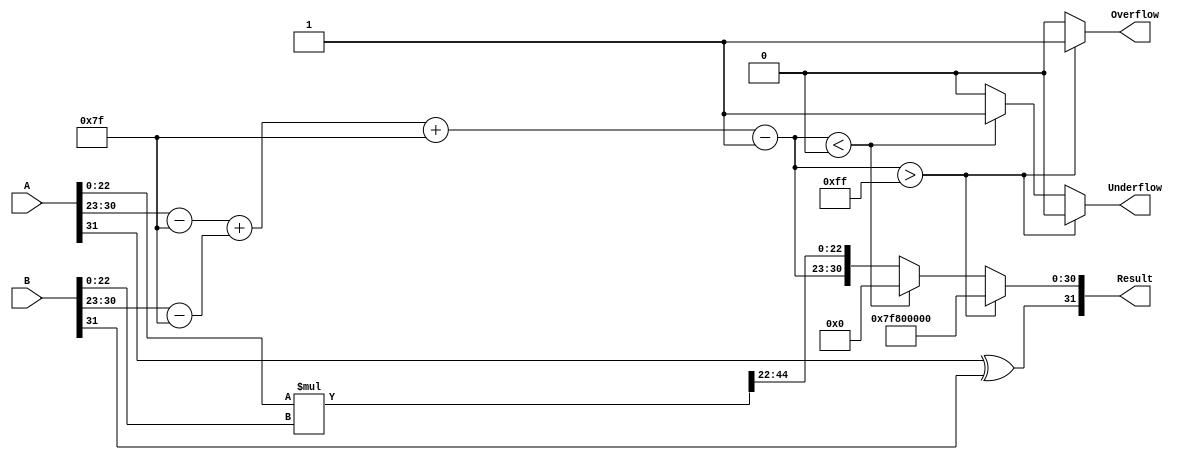
module floating_point_multiplier (
    input  wire [31:0] A,            // First floating-point input
    input  wire [31:0] B,            // Second floating-point input
    output reg  [31:0] Result,        // Result of multiplication
    output reg        Overflow,        // Overflow flag
    output reg        Underflow        // Underflow flag
);

    // Constants
    localparam BIAS = 8'd127;
    localparam EXPONENT_MAX = 8'd255;
    localparam EXPONENT_MIN = 8'd0;

    // Signals for computations
    wire signA, signB, signResult;
    wire [7:0] exponentA, exponentB, exponentResult;
    wire [22:0] mantissaA, mantissaB, mantissaResult;
    wire [47:0] mantissaProduct; // 24 bits + 24 bits for intermediate product
    wire [8:0] exponentSum;       // To hold potential overflow in exponent addition
    reg [23:0] normalizedMantissa;
    reg [7:0] adjustedExponent;
    
    // Extract sign, exponent, mantissa
    assign signA = A[31];
    assign signB = B[31];
    assign exponentA = A[30:23];
    assign exponentB = B[30:23];
    assign mantissaA = {1'b1, A[22:0]}; // Implicit leading 1
    assign mantissaB = {1'b1, B[22:0]}; // Implicit leading 1

    // Compute product of mantissas
    assign mantissaProduct = mantissaA * mantissaB;

    // Compute the resulting sign
    assign signResult = signA ^ signB;

    // Compute the exponent sum
    assign exponentSum = (exponentA - BIAS) + (exponentB - BIAS) + BIAS;

    // Determine if normalization is needed
    always @* begin
        if (mantissaProduct[47]) begin // If the product is >= 2
            normalizedMantissa = mantissaProduct[46:23];
            adjustedExponent = exponentSum + 1;
        end else begin // If the product is < 1
            normalizedMantissa = mantissaProduct[45:22]; // Shift right
            adjustedExponent = exponentSum - 1;
        end
    end

    // Detect overflow and underflow
    always @* begin
        Overflow = 0;
        Underflow = 0;

        if (adjustedExponent > EXPONENT_MAX) begin
            Overflow = 1;
            Result = {signResult, EXPONENT_MAX, 23'b0}; // Set to infinity
        end else if (adjustedExponent < EXPONENT_MIN) begin
            Underflow = 1;
            Result = {signResult, 8'd0, 23'b0}; // Set to zero
        end else begin
            Result = {signResult, adjustedExponent[7:0], normalizedMantissa[22:0]};
        end
    end

endmodule